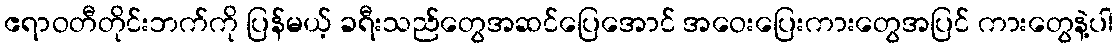
ဧရာဝတီတိုင်းဘက်ကို ပြန်မယ့် ခရီးသည်တွေအဆင်ပြေအောင် အဝေးပြေးကားတွေအပြင် ကားတွေနဲ့ပါ